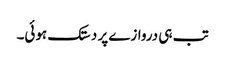
تب ہی دروازے پر دستک ہوئی۔